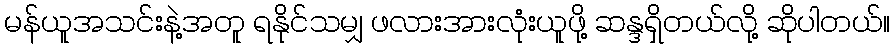
မန်ယူအသင်းနဲ့အတူ ရနိုင်သမျှ ဖလားအားလုံးယူဖို့ ဆန္ဒရှိတယ်လို့ ဆိုပါတယ်။